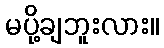
မပို့ချဘူးလား။